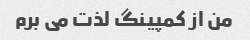
من از کمپینگ لذت می برم